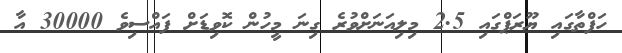
ހަފްތާގައި ޔޫރަޕްގައި 2.5 މިލިއަނަށްވުރެ ގިނަ މީހުން ކޮވިޑަށް ފައްސިވެ 30000 އާ